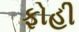
ફોહી